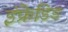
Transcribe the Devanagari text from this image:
इंफ्रेडिड